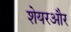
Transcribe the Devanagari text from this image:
शेयरऔर